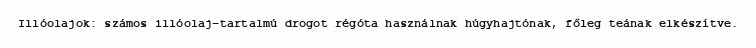
Illóolajok: számos illóolaj-tartalmú drogot régóta használnak húgyhajtónak, főleg teának elkészítve.